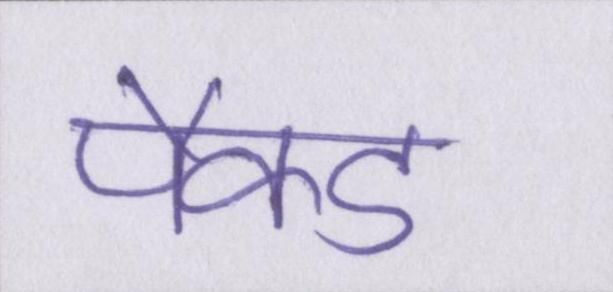
पैक्ड